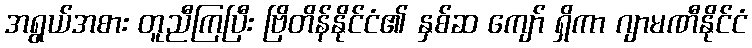
အရွယ်အစား တူညီကြပြီး ဗြိတိန်နိုင်ငံ၏ နှစ်ဆ ကျော် ရှိကာ ဂျာမဏီနိုင်ငံ